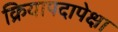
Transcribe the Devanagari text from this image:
क्रियापदापेक्षा